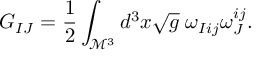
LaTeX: G _ { I J } = \frac { 1 } { 2 } \int _ { \mathcal { M } ^ { 3 } } d ^ { 3 } x \sqrt { g } \; \omega _ { I i j } \omega _ { J } ^ { i j } .